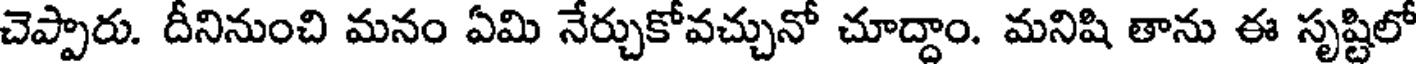
చెప్పారు. దీనినుంచి మనం ఏమి నేర్చుకోవచ్చునో చూద్దాం. మనిషి తాను ఈ సృష్టిలో